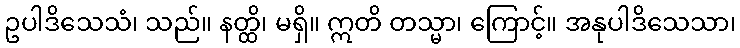
ဥပါဒိသေသံ၊ သည်။ နတ္ထိ၊ မရှိ။ ဣတိ တသ္မာ၊ ကြောင့်။ အနုပါဒိသေသာ၊